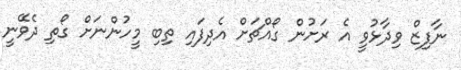
ނާފިޒް ވިދާޅުވީ އެ ރަށުން ގޯއްޗަށް އެދިފައި ތިބި މީހުންނަށް ގޯތި ދެވޭނީ